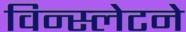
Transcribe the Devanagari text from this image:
विन्स्लेटने